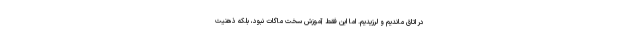
در اتاق ماندیم و لرزیدیم. اما این فقط آموزش سخت ماگات نبود، بلکه ذهنیت